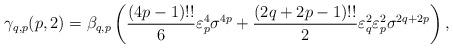
LaTeX: \begin{align*}\gamma_{q,p}(p,2)=\beta_{q,p}\left(\frac{(4p-1)!!}{6}\varepsilon_{p}^{4}\sigma^{4p}+\frac{(2q+2p-1)!!}{2} \varepsilon_{q}^{2} \varepsilon_{p}^{2} \sigma^{2q+2p}\right),\end{align*}